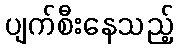
ပျက်စီးနေသည့်